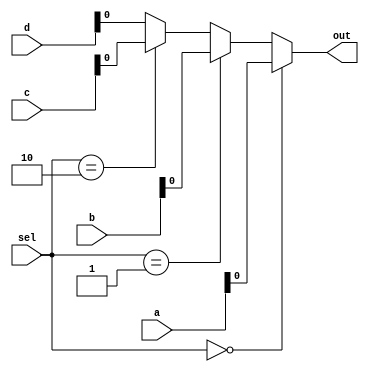
module mux(
    input [3:0] a,
    input [3:0] b,
    input [3:0] c,
    input [3:0] d,

    input[1:0] sel,

    output out
);

assign out = (sel==2'h0)? a:
             (sel==2'h1)? b:
             (sel==2'h2)? c: d;

endmodule